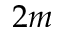
2 m